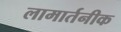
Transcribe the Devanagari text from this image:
लामार्तनीक